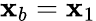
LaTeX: \mathbf{x}_{b}=\mathbf{x}_{1}